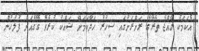
އެކަމަކު ރާއްޖެ ތެރޭގެ ރަށްރަށުގައި ސިހުރު ހަދާކަމަށް ޝައްކު ކުރެވޭ ގޭގެއަށް ފުލުހުން